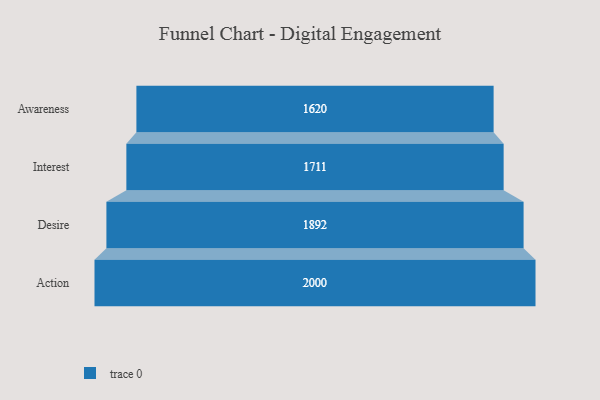
{"axis": {"x": "Stage", "y": "Value"}, "legend": [""], "data": [{"x": "Awareness", "y": 1620.0, "type": ""}, {"x": "Interest", "y": 1711.0, "type": ""}, {"x": "Desire", "y": 1892.0, "type": ""}, {"x": "Action", "y": 2000, "type": ""}]}